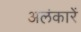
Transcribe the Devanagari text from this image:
अलंकारें